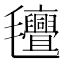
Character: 𭯯